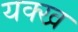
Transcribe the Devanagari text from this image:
यक्ख